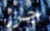
جزر